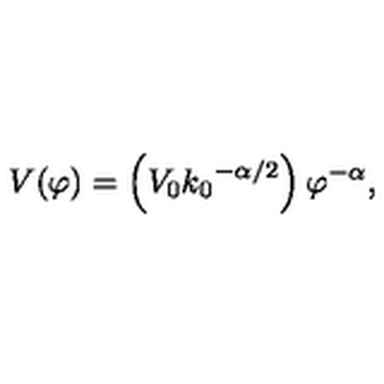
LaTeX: V ( \varphi ) = \left( V _ { 0 } { k _ { 0 } } ^ { - { \alpha } / 2 } \right) { \varphi } ^ { - \alpha } ,